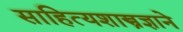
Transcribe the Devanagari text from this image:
साहित्यशास्त्रज्ञाने